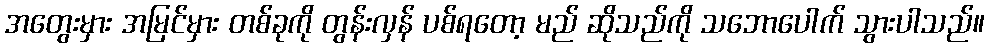
အတွေးမှား အမြင်မှား တစ်ခုကို တွန်းလှန် ပစ်ရတော့ မည် ဆိုသည်ကို သဘောပေါက် သွားပါသည်။